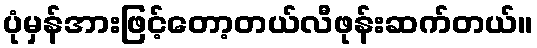
ပုံမှန်အားဖြင့်တော့တယ်လီဖုန်းဆက်တယ်။